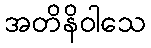
အတိနိဝါသေ